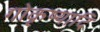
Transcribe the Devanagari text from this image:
गोकृष्यादि